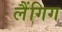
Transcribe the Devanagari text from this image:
लैंगिग